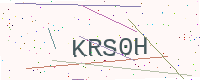
Text: KRS0H